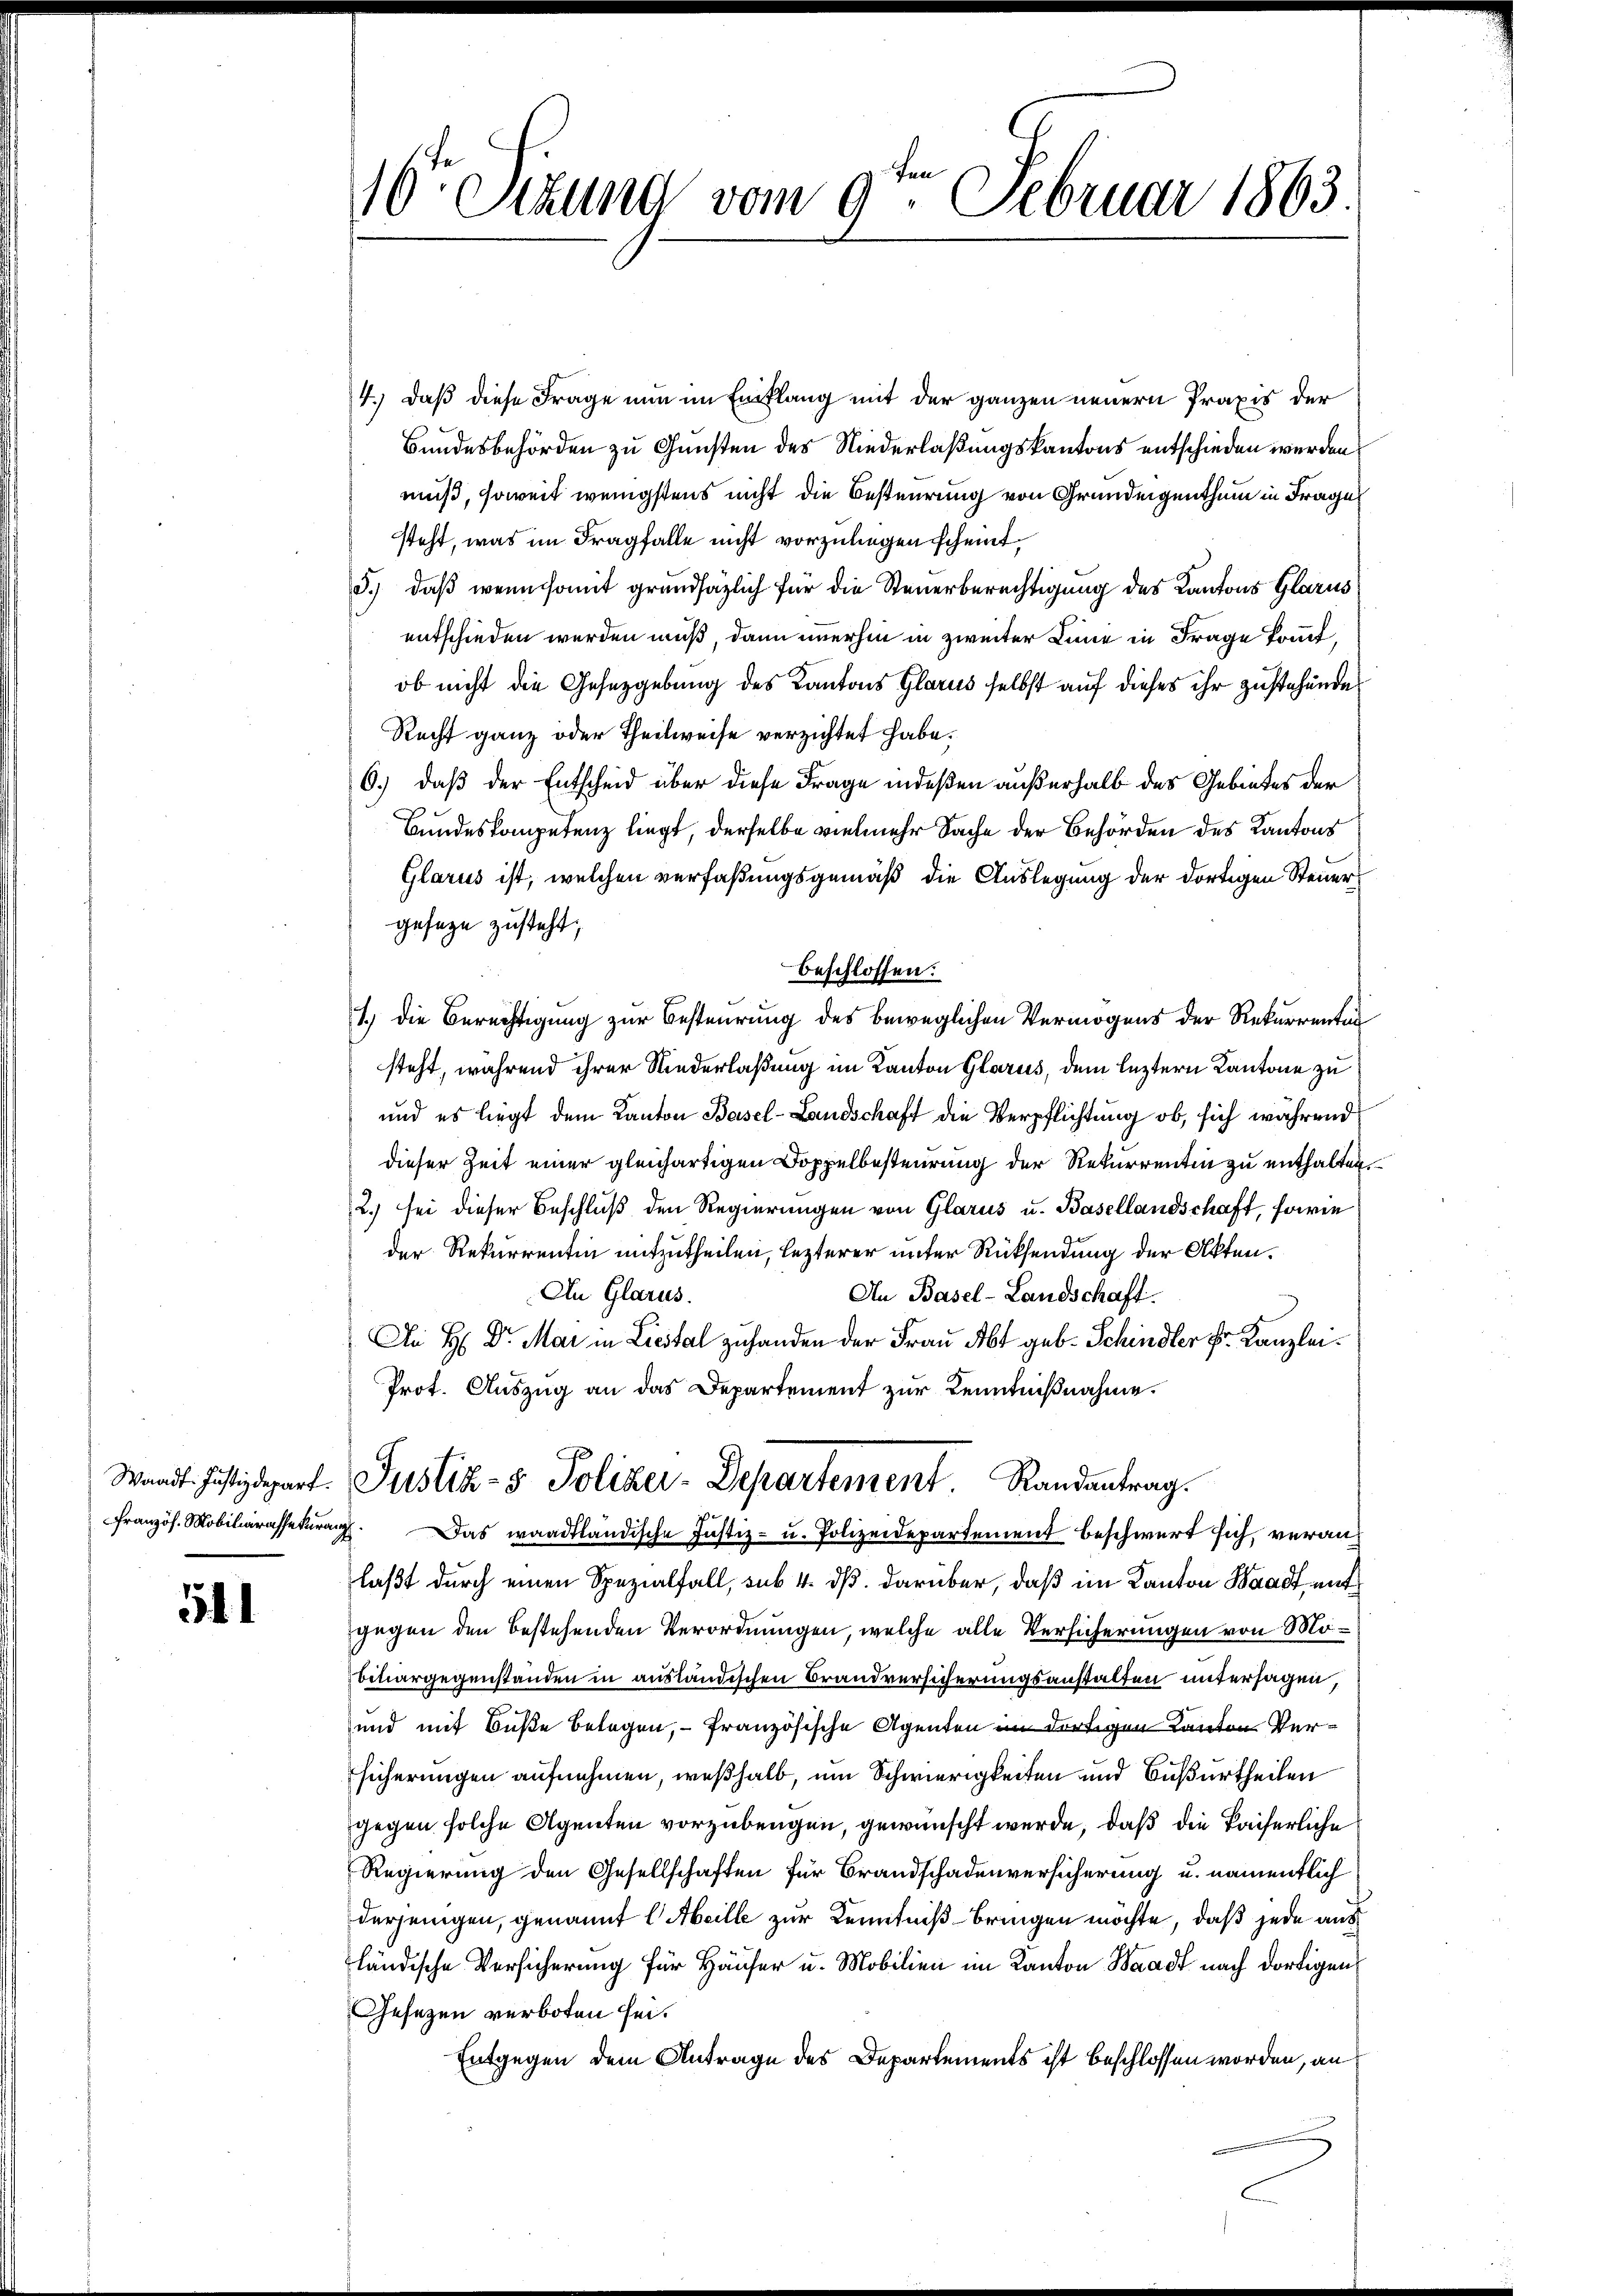
Waadt. Justizdepart.
Französ. Mobiliarassekuranz

511

10 Sekund vom 9. Februar 1863

4.) Daß diese Frage nun im Einflang mit der ganzen neuern Praxis der
Bundesbehörden zu Gunsten des Niederlaßungskantons entschieden werden
muß, soweit wenigstens nicht die Besteurung von Grundeigenthum in Frage
steht, was im Fragfalle nicht vorzuliegen scheint.
3.) daß wenn somit grundsazlich für die Steuerberechtigung des Kantons Glarus
entschieden werden muß, dann imerhin in zweiter Linie in Frage kommt,
ob nicht die Gesetzgebung des Kantons Glarus selbst auf dieses ihr zustehende
Recht ganz oder Theilweise verzichtet habe.
6.) daß der Entscheid über diese Frage indeßen außerhalb des Gebietes der
Bundeskompetenz liegt, derselbe vielmehr Sache der Behörden des Kantons
Glarus ist, welchen verfaßungsgemäß die Auslegung der dortigen Steuer
geseze zusteht;
beschlossen:
1.) Die Berechtigung zur Besteurung des beweglichen Vermögens der Rekurrentin
steht, während ihrer Niederlaßung im Kanton Glarus, dem leztern Kantone zu
und es liegt dem Kanton Basel-Landschaft die Verpflichtung ob, sich während
dieser Zeit einer gleichartigen Doppelbesteurung der Rekurrenten zu enthalten,
2.) sei dieser Beschluß den Regierungen von Glarus u. Basellandschaft, sowie
der Rekurrentin mitzutheilen, lezterer unter Rücksendung der Akten.
An Glarus.
An Basel-Landschaft
An H: Dr. Mai in Liestal zu handen der Frau Abt geb. Schindler Fr. Kanzlei¬
Prot. Auszug an das Departement zur Kenntnißnahme.
Justiz- & Polizer-Departement. Randantrag.
Das waadtländische Justiz- u. Polizeidepartement beschwert sich, veranlaßt durch einen Spezialfall, sub 4. dß darüber, daß im Kanton Waadt, ent
gegen den bestehenden Verordnungen, welche alle Versicherungen von Mobitargegenstanden in ausländischen Brandversicherungsanstalten untersagen
und mit Buße betagen, – französische Agenten im dortigen Kanton Versicherungen aufnehmen, weßhalb, um Schwierigkeiten und Bußurtheilen
gegen solche Agenten vorzubeugen, gewünscht werde, daß die kaiserliche
Regierung den Gesellschaften für Brandschadenversicherung u. namentlich
derjenigen, genannt (Meille zur Kenntniß bringen möchte, daß jede aus
ländische Versicherung für Häuser u. Mobilien im Kanton Waadt nach dortigen
Gesetzen verboten sei.
Entgegen dem Antrage des Departements ist beschlossen worden, an